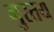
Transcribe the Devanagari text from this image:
मुरतय